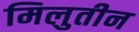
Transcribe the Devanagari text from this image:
मिलुतीन